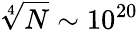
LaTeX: \sqrt[4]{N}\sim 10^{20}